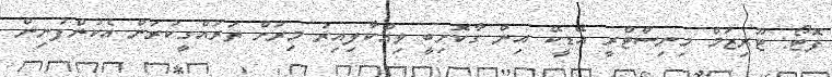
ފޮޓޯ: ޓޫރިޒަމް މިނިސްޓްރީ އޭޑީކޭ އިން ގާކޮށިބީ ވިއްކާލިއިރު މިރަށް ތަަރައްގީކުރަން އެކުންފުނިން